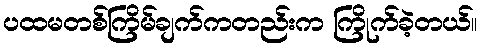
ပထမတစ်ကြိမ်ချက်ကတည်းက ကြိုက်ခဲ့တယ်။